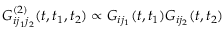
G _ { i j _ { 1 } j _ { 2 } } ^ { ( 2 ) } ( t , t _ { 1 } , t _ { 2 } ) \propto G _ { i j _ { 1 } } ( t , t _ { 1 } ) G _ { i j _ { 2 } } ( t , t _ { 2 } )